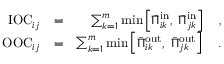
\begin{array} { r l r } { \mathrm { I O C } _ { i j } } & { = } & { \sum _ { k = 1 } ^ { m } \operatorname* { m i n } \left[ \bar { \Pi } _ { i k } ^ { \mathrm { i n } } , \; \bar { \Pi } _ { j k } ^ { \mathrm { i n } } \right] \quad , } \\ { \mathrm { O O C } _ { i j } } & { = } & { \sum _ { k = 1 } ^ { m } \operatorname* { m i n } \left[ \bar { \Pi } _ { i k } ^ { \mathrm { o u t } } , \; \bar { \Pi } _ { j k } ^ { \mathrm { o u t } } \right] \quad . } \end{array}